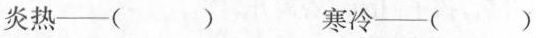
炎热——( ) 寒冷——( )